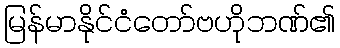
မြန်မာနိုင်ငံတော်ဗဟိုဘဏ်၏